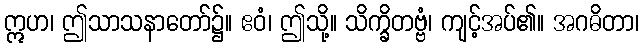
ဣဟ၊ ဤသာသနာတော်၌။ ဧဝံ၊ ဤသို့။ သိက္ခိတဗ္ဗံ၊ ကျင့်အပ်၏။ အဂဓိတာ၊